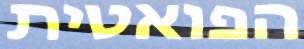
הפואטית